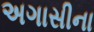
અગાસીના